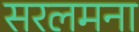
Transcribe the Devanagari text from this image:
सरलमना